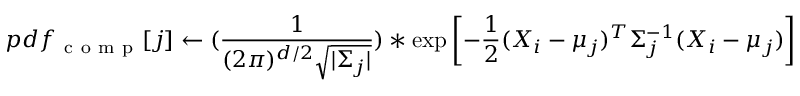
p d f _ { \mathrm { ~ c ~ o ~ m ~ p ~ } } [ j ] \leftarrow ( \frac { 1 } { ( 2 \pi ) ^ { d / 2 } \sqrt { | \Sigma _ { j } | } } ) * \exp \left[ - \frac { 1 } { 2 } ( X _ { i } - \mu _ { j } ) ^ { T } \Sigma _ { j } ^ { - 1 } ( X _ { i } - \mu _ { j } ) \right]